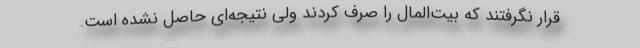
قرار نگرفتند كه بيت‌المال را صرف كردند ولي نتيجه‌اي حاصل نشده است.